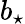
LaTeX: b_{\star}